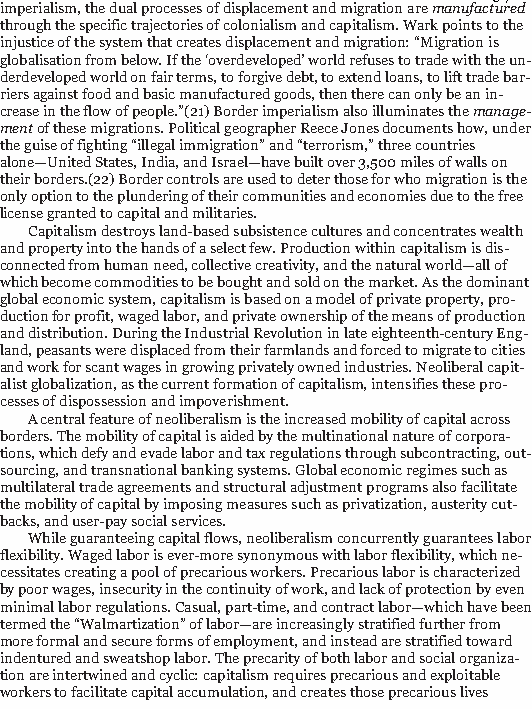
32/186
 imperialism, the dual processes of displacement and migration aremanufactured
 through the specific trajectories of colonialism and capitalism. Wark points to the
 injustice of the system that creates displacement and migration: “Migration is
 globalisation from below. If the ‘overdeveloped’ world refuses to trade with the un-
 derdeveloped world on fair terms, to forgive debt, to extend loans, to lift trade bar-
 riers against food and basic manufactured goods, then there can only be an in-
 crease in the flow of people.”(21) Border imperialism also illuminates themanage-
 mentof these migrations. Political geographer Reece Jones documents how, under
 the guise of fighting “illegal immigration” and “terrorism,” three countries
 alone—United States, India, and Israel—have built over 3,500 miles of walls on
 their borders.(22) Border controls are used to deter those for who migration is the
 only option to the plundering of their communities and economies due to the free
 license granted to capital and militaries.
 Capitalism destroys land-based subsistence cultures and concentrates wealth
 and property into the hands of a select few. Production within capitalism is dis-
 connected from human need, collective creativity, and the natural world—all of
 which become commodities to be bought and sold on the market. As the dominant
 global economic system, capitalism is based on a model of private property, pro-
 duction for profit, waged labor, and private ownership of the means of production
 and distribution. During the Industrial Revolution in late eighteenth-century Eng-
 land, peasants were displaced from their farmlands and forced to migrate to cities
 and work for scant wages in growing privately owned industries. Neoliberal capit-
 alist globalization, as the current formation of capitalism, intensifies these pro-
 cesses of dispossession and impoverishment.
 A central feature of neoliberalism is the increased mobility of capital across
 borders. The mobility of capital is aided by the multinational nature of corpora-
 tions, which defy and evade labor and tax regulations through subcontracting, out-
 sourcing, and transnational banking systems. Global economic regimes such as
 multilateral trade agreements and structural adjustment programs also facilitate
 the mobility of capital by imposing measures such as privatization, austerity cut-
 backs, and user-pay social services.
 While guaranteeing capital flows, neoliberalism concurrently guarantees labor
 flexibility. Waged labor is ever-more synonymous with labor flexibility, which ne-
 cessitates creating a pool of precarious workers. Precarious labor is characterized
 by poor wages, insecurity in the continuity of work, and lack of protection by even
 minimal labor regulations. Casual, part-time, and contract labor—which have been
 termed the “Walmartization” of labor—are increasingly stratified further from
 more formal and secure forms of employment, and instead are stratified toward
 indentured and sweatshop labor. The precarity of both labor and social organiza-
 tion are intertwined and cyclic: capitalism requires precarious and exploitable
 workers to facilitate capital accumulation, and creates those precarious lives